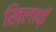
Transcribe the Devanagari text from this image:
ख़िलाफ़ॅ